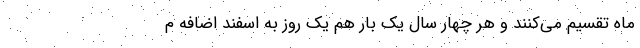
ماه تقسیم می‌کنند و هر چهار سال یک بار هم یک روز به اسفند اضافه م